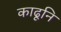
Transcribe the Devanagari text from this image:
काढूनि